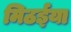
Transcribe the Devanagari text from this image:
मिठईया